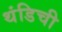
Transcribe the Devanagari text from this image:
थंडिची